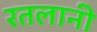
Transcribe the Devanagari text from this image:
रतलानी